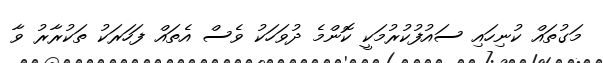
މަގުތައް ކުނިހައި ސައުފުކުރުމަކީ ކޮންމެ ދުވަހަކު ވެސް އެތައް ފަހަރަކު ތަކުރާރު ވާ